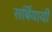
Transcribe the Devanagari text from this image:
सर्बियायी